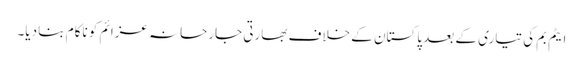
ایٹم بم کی تیاری کے بعد پاکستان کے خلاف بھارتی جارحانہ عزائم کو ناکام بنا دیا۔